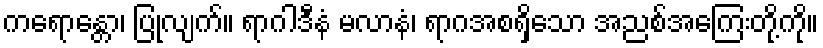
ကရောန္တော၊ ပြုလျက်။ ရာဂါဒီနံ မလာနံ၊ ရာဂအစရှိသော အညစ်အကြေးတို့ကို။